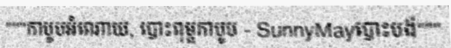
"""កាបូបអំណោយ, បោះពុម្ពកាបូប - SunnyMayបោះបង់"""